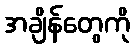
အချိန်တွေကို